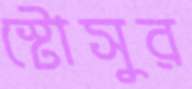
স্টোসুর